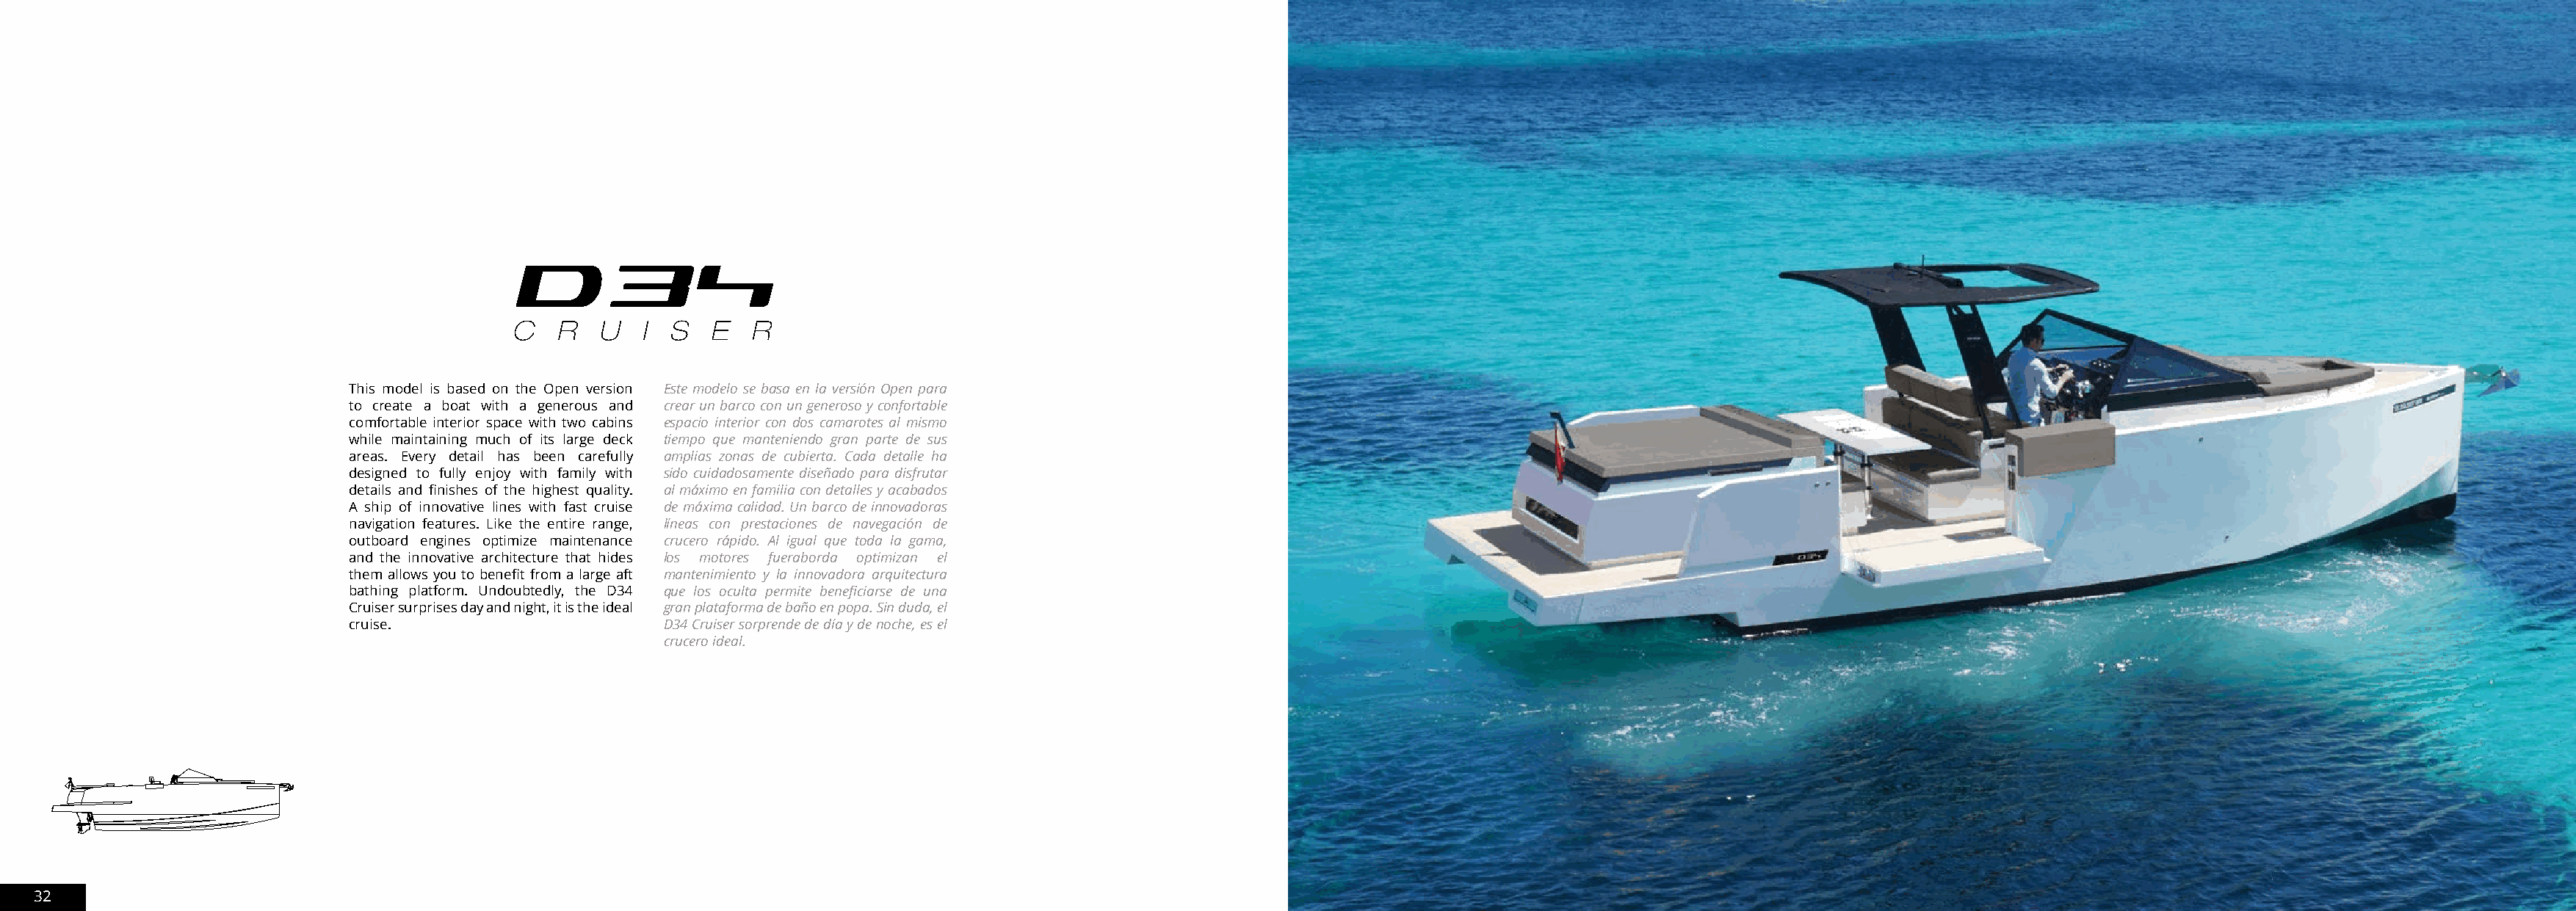
This model is based on the Open version Este modelo se basa en la versión Open para
 to create a boat with a generous and crear un barco con un generoso y confortable
 comfortable interior space with two cabins espacio interior con dos camarotes al mismo
 while maintaining much of its large deck tiempo que manteniendo gran parte de sus
 areas. Every detail has been carefully amplias zonas de cubierta. Cada detalle ha
 designed to fully enjoy with family with sido cuidadosamente diseñado para disfrutar
 details and finishes of the highest quality. al máximo en familia con detalles y acabados
 A ship of innovative lines with fast cruise de máxima calidad. Un barco de innovadoras
 navigation features. Like the entire range, líneas con prestaciones de navegación de
 outboard engines optimize maintenance crucero rápido. Al igual que toda la gama,
 and the innovative architecture that hides los motores fueraborda optimizan el
 them allows you to benefit from a large aft mantenimiento y la innovadora arquitectura
 bathing platform. Undoubtedly, the D34 que los oculta permite beneficiarse de una
 Cruiser surprises day and night, it is the ideal gran plataforma de baño en popa. Sin duda, el
 cruise.                      D34 Cruiser sorprende de día y de noche, es el
 crucero ideal.
 32                                                                                                                                                                                                                               33